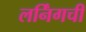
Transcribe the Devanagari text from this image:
लर्निंगची